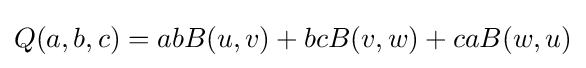
Q(a,b,c)=abB(u,v)+bcB(v,w)+caB(w,u)